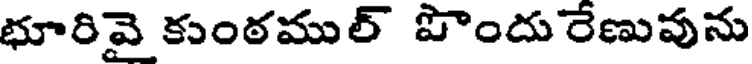
భూరివై కుంఠముల్ పొందు రేణువును